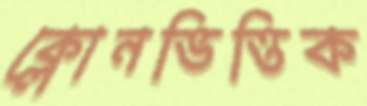
ক্লোনভিত্তিক